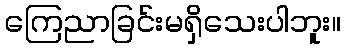
ကြေညာခြင်းမရှိသေးပါဘူး။